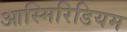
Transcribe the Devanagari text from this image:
आस्मिरिडियम